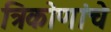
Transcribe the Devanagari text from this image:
त्रिकोणांचे